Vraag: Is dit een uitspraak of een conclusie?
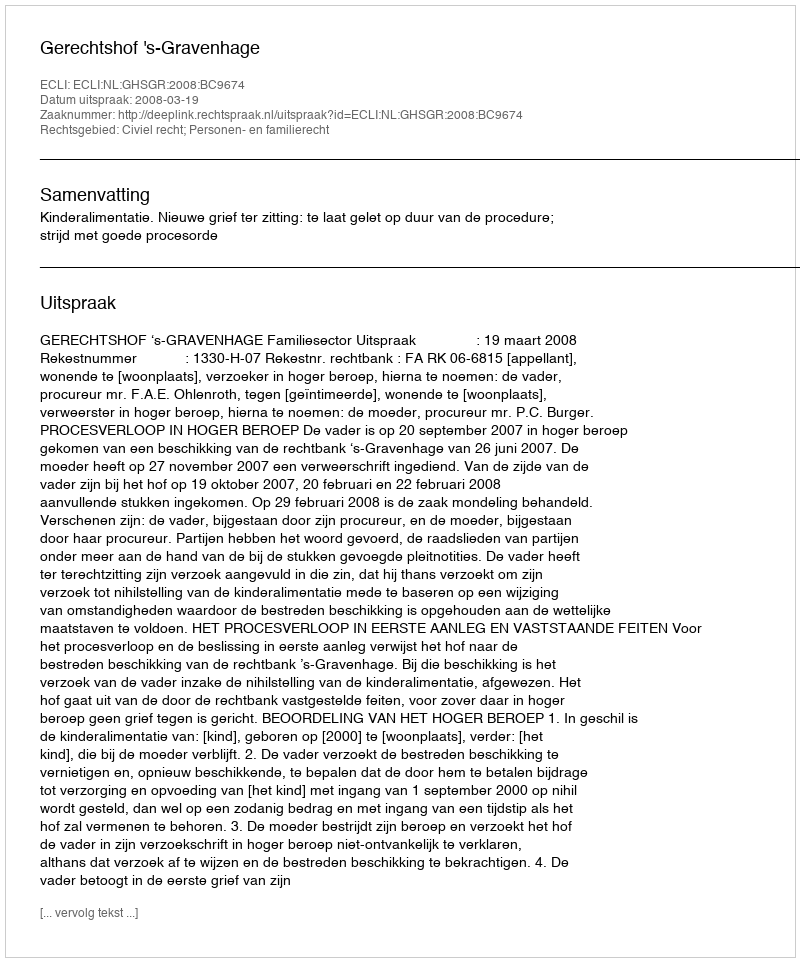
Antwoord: Uitspraak